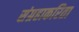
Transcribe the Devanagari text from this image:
संग्रहाकरिता